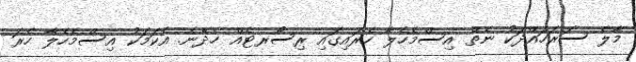
މާލެ ސަރަހައްދަކު ނެތް އިސްމެހެލާ ހެރައިގަައި ރިސޯރޓެއް ހެދޭނެ. އެކަމަކު އިސްމެހެލާ ހެރަ